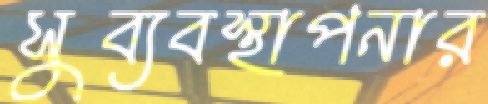
সুব্যবস্থাপনার